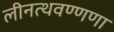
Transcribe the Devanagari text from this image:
लीनत्थवण्णणा